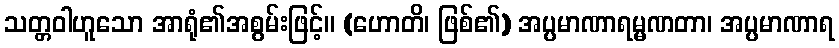
သတ္တဝါဟူသော အာရုံ၏အစွမ်းဖြင့်။ (ဟောတိ၊ ဖြစ်၏) အပ္ပမာဏာရမ္မဏတာ၊ အပ္ပမာဏာရ